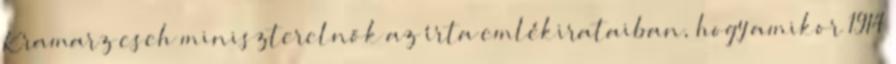
Kramarz cseh miniszterelnök az írta emlékirataiban, hogy amikor 1914